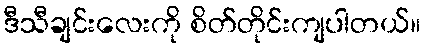
ဒီသီချင်းလေးကို စိတ်တိုင်းကျပါတယ်။